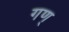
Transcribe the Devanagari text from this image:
गण्